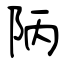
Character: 陃